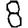
Digit: 8